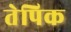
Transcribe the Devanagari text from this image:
तेपिक